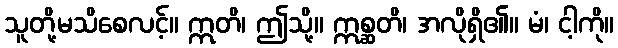
သူတို့မသိစေလင့်။ ဣတိ၊ ဤသို့။ ဣစ္ဆတိ၊ အလိုရှိ၏။ မံ၊ ငါ့ကို။